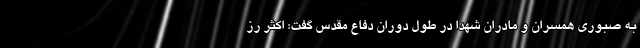
به صبوری همسران و مادران شهدا در طول دوران دفاع مقدس گفت: اکثر رز